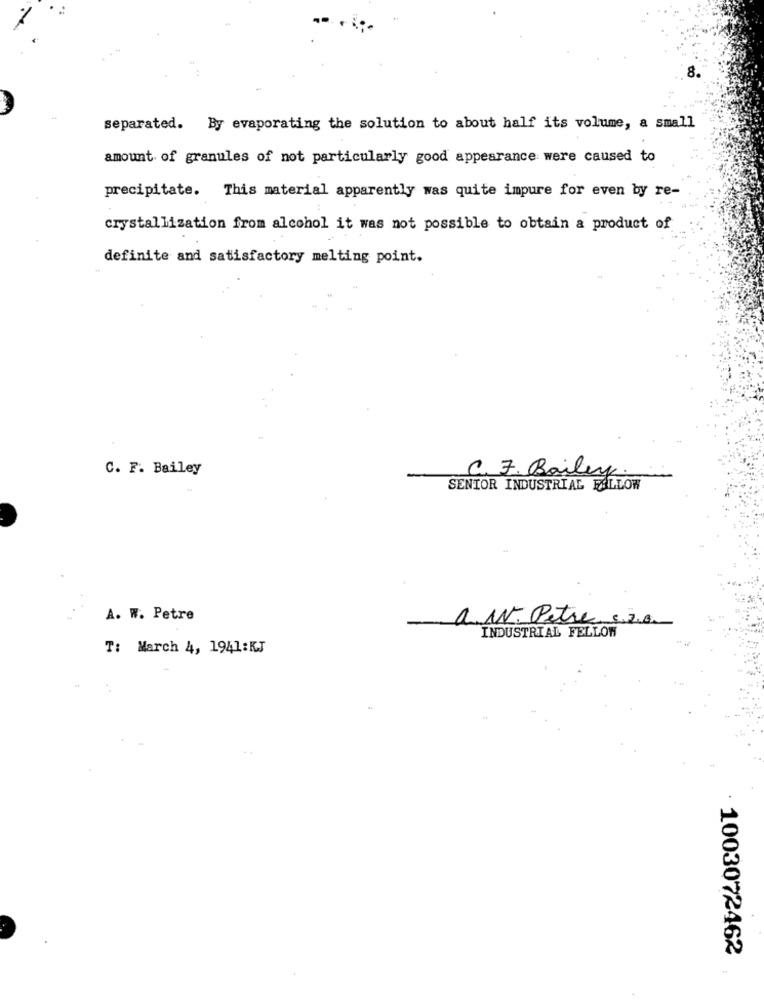
separated. By evaporating the solution to about half its volume, a small
amount of granules of not particularly good appearance were caused to
precipitate. This material apparently was quite impure for even by re-
crystallization from alcohol it was not possible to obtain a product of
definite and satisfactory melting point.
C. F. Bailey
C. F. Bailey.
SENIOR INDUSTRIAL FALLOW
A. W. Petre
a. w. Petre c.s.a.
INDUSTRIAL FELLOW
T: March 4, 1941:KJ
4
· 1003072462